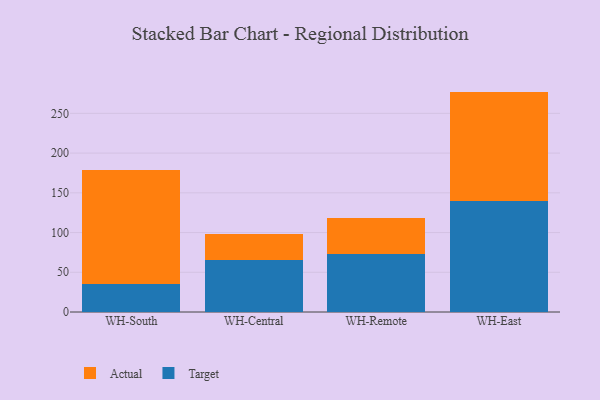
{"axis": {"x": "Warehouse", "y": "Bounce Rate (%)"}, "legend": ["Actual", "Target"], "data": [{"x": "WH-South", "y": 35.4, "type": "Target"}, {"x": "WH-South", "y": 143.4, "type": "Actual"}, {"x": "WH-Central", "y": 64.9, "type": "Target"}, {"x": "WH-Central", "y": 32.7, "type": "Actual"}, {"x": "WH-Remote", "y": 73.5, "type": "Target"}, {"x": "WH-Remote", "y": 44.8, "type": "Actual"}, {"x": "WH-East", "y": 139.1, "type": "Target"}, {"x": "WH-East", "y": 138.3, "type": "Actual"}]}